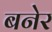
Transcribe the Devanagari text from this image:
बनेर